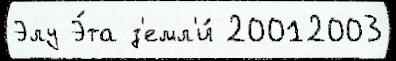
Элу Э́та з'емл'и́ 20012003